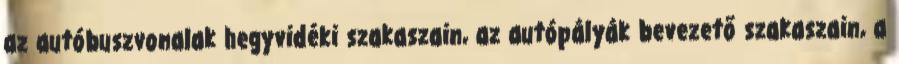
az autóbuszvonalak hegyvidéki szakaszain, az autópályák bevezető szakaszain, a